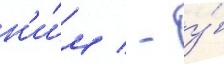
н'и́м / - у́